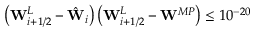
\left( \mathbf { W } _ { i + 1 / 2 } ^ { L } - \hat { \mathbf { W } } _ { i } \right) \left( \mathbf { W } _ { i + 1 / 2 } ^ { L } - \mathbf { W } ^ { M P } \right) \leq 1 0 ^ { - 2 0 }